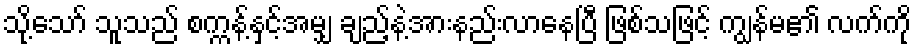
သို့သော် သူသည် စက္ကန့်နှင့်အမျှ ချည့်နဲ့အားနည်းလာနေပြီ ဖြစ်သဖြင့် ကျွန်မ၏ လက်ကို